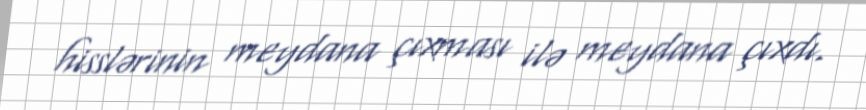
hisslərinin meydana çıxması ilə meydana çıxdı.